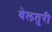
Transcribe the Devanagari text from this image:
वेलतुरी